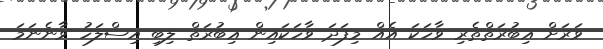
ވަރަށް ޢިބުރަތްތެރި ވާހަކަ އެއް މިފަދަ ވާހަކައިން ޢިބުރަތް ލިބި އިސްލަހު ވާނެނަމަ